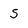
Character: S